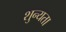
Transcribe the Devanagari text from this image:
शुन्यता